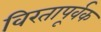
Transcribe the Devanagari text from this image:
विरतापूर्वक